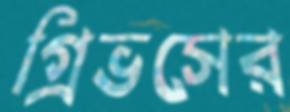
গ্রিভসের